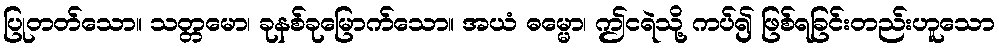
ပြုတတ်သော။ သတ္တမော၊ ခုနစ်ခုမြောက်သော။ အယံ ဓမ္မော၊ ဤငရဲသို့ ကပ်၍ ဖြစ်ရခြင်းတည်းဟူသော